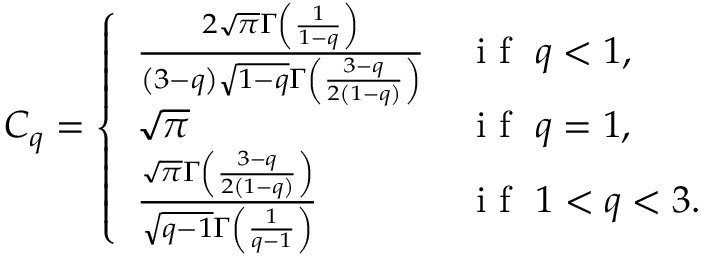
C _ { q } = \left\{ \begin{array} { l l } { \frac { 2 \sqrt { \pi } \Gamma \left( \frac { 1 } { 1 - q } \right) } { \left( 3 - q \right) \sqrt { 1 - q } \Gamma \left( \frac { 3 - q } { 2 \left( 1 - q \right) } \right) } } & { \textrm { i f } \ q < 1 , } \\ { \sqrt { \pi } } & { \textrm { i f } \ q = 1 , } \\ { \frac { \sqrt { \pi } \Gamma \left( \frac { 3 - q } { 2 \left( 1 - q \right) } \right) } { \sqrt { q - 1 } \Gamma \left( \frac { 1 } { q - 1 } \right) } } & { \textrm { i f } \ 1 < q < 3 . } \end{array} \right.